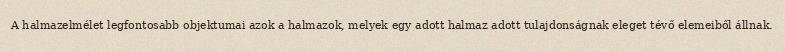
A halmazelmélet legfontosabb objektumai azok a halmazok, melyek egy adott halmaz adott tulajdonságnak eleget tévő elemeiből állnak.